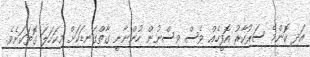
އަދި ކޮންމެ ސަރުކާރު އޮފީހެއް ވެސް ވިސްނުން ހުންނާނީ ގާތްގަނޑަކަށް މިކަހަލަ ގޮތަކަށެވެ.